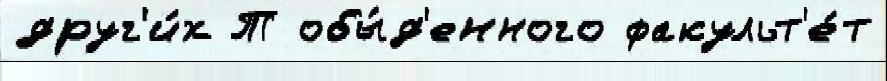
друг'и́х Т обы́д'енного факульт'е́т